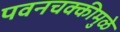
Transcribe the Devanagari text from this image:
पवनचक्कीमुळे